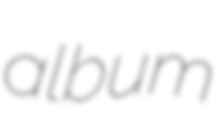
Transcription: album